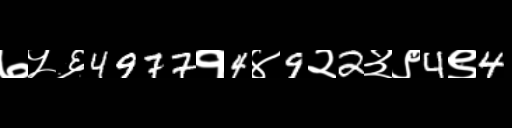
Text: ७५६4977१4४9२2३९4९4